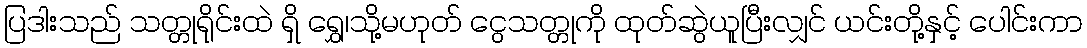
ပြဒါးသည် သတ္တုရိုင်းထဲ ရှိ ရွှေ၊သို့မဟုတ် ငွေသတ္တုကို ထုတ်ဆွဲယူပြီးလျှင် ယင်းတို့နှင့် ပေါင်းကာ